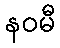
နဝမီ